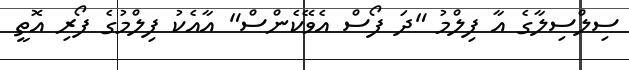
ސިލްސިލާގެ އާ ފިލްމު "ދަ ފޯސް އެވޭކެންސް" އާއެކު ފިލްމުގެ ފޯރި އޮތީ